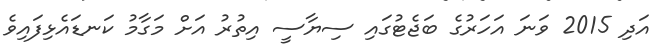
އަދި 2015 ވަނަ އަހަރުގެ ބަޖެޓުގައި ސިޔާސީ އިތުރު އަށް މަގާމު ކަނޑައެޅިފައިވެ